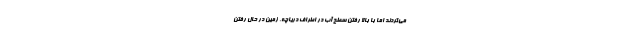
می‌کردند اما با بالا رفتن سطح آب در اطراف دریاچه، زمین در حال رفتن